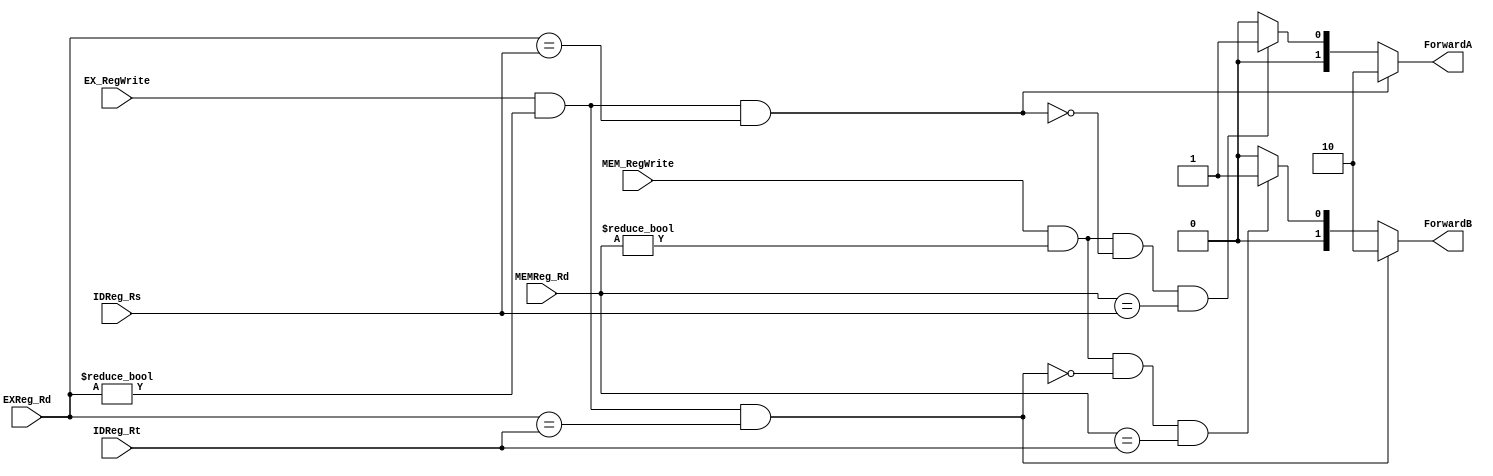
`timescale 1ns / 1ps
//////////////////////////////////////////////////////////////////////////////////
// Company: 
// Engineer: 
// 
// Design Name: 
// Module Name: Forward Unit_1
// Project Name: 
// Target Devices: 
// Tool Versions: 
// Description: 
// 
// Dependencies: 
// 
// Revision:
// Revision 0.01 - File Created
// Additional Comments:
// 
//////////////////////////////////////////////////////////////////////////////////


module ForwardUnit_1(input [4:0]IDReg_Rs,IDReg_Rt,EXReg_Rd,MEMReg_Rd,
                     input EX_RegWrite,MEM_RegWrite,
                     output reg [1:0] ForwardA,ForwardB
    );
           always@(*) begin
               if (EX_RegWrite 
                   && (EXReg_Rd != 0)
                   && (EXReg_Rd == IDReg_Rs)) ForwardA = 2'b10;          //1a 
                   else if (MEM_RegWrite
                   &&(MEMReg_Rd != 0)
                   &&  !(EX_RegWrite && (EXReg_Rd != 0)
                      && (EXReg_Rd == IDReg_Rs))
                   && (MEMReg_Rd == IDReg_Rs)) ForwardA = 2'b01;       //2a
                       else ForwardA = 2'b00;
               if (EX_RegWrite
                   && (EXReg_Rd != 0)
                   && (EXReg_Rd == IDReg_Rt)) ForwardB = 2'b10;         //1b 
                   else  if  (MEM_RegWrite
                   &&(MEMReg_Rd != 0)
                   &&  !(EX_RegWrite && (EXReg_Rd != 0)
                      && (EXReg_Rd == IDReg_Rt))
                    && (MEMReg_Rd == IDReg_Rt)) ForwardB = 2'b01;     //2b
                        else  ForwardB = 2'b00;
                    
           //    if  (MEM_RegWrite
           //        &&(MEMReg_Rd != 0)
          //         &&  !(EX_RegWrite && (EXReg_Rd != 0)
            //          && (EXReg_Rd != IDReg_Rs))
           //        && (MEMReg_Rd == IDReg_Rs)) ForwardA <= 2'b01;       //2a
           //    if  (MEM_RegWrite
            //       &&(MEMReg_Rd != 0)
             //      &&  ~(EX_RegWrite && (EXReg_Rd != 0)
             //         && (EXReg_Rd != IDReg_Rt))
              //      && (MEMReg_Rd == IDReg_Rt)) ForwardA <= 2'b01;     //2b
              //      
              //      else  ForwardA <= 2'b00 && ForwardB <= 2'b00;
           end
endmodule